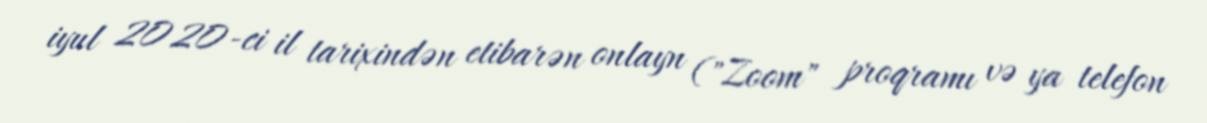
iyul 2020-ci il tarixindən etibarən onlayn ("Zoom" proqramı və ya telefon